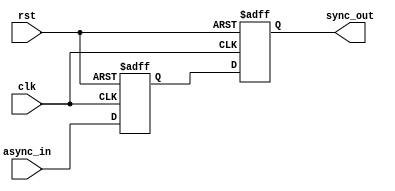
module dual_ff_synchronizer (
    input wire async_in,    // Asynchronous input signal
    input wire clk,         // Clock signal
    input wire rst,         // Optional reset signal
    output reg sync_out     // Synchronized output signal
);

    // Intermediate signal between the two flip-flops
    reg intermediate_sync;

    // First flip-flop (FF1)
    always @(posedge clk or posedge rst) begin
        if (rst) begin
            intermediate_sync <= 1'b0; // Reset to known state
        end else begin
            intermediate_sync <= async_in; // Capture async input
        end
    end

    // Second flip-flop (FF2)
    always @(posedge clk or posedge rst) begin
        if (rst) begin
            sync_out <= 1'b0; // Reset to known state
        end else begin
            sync_out <= intermediate_sync; // Capture output of FF1
        end
    end

endmodule